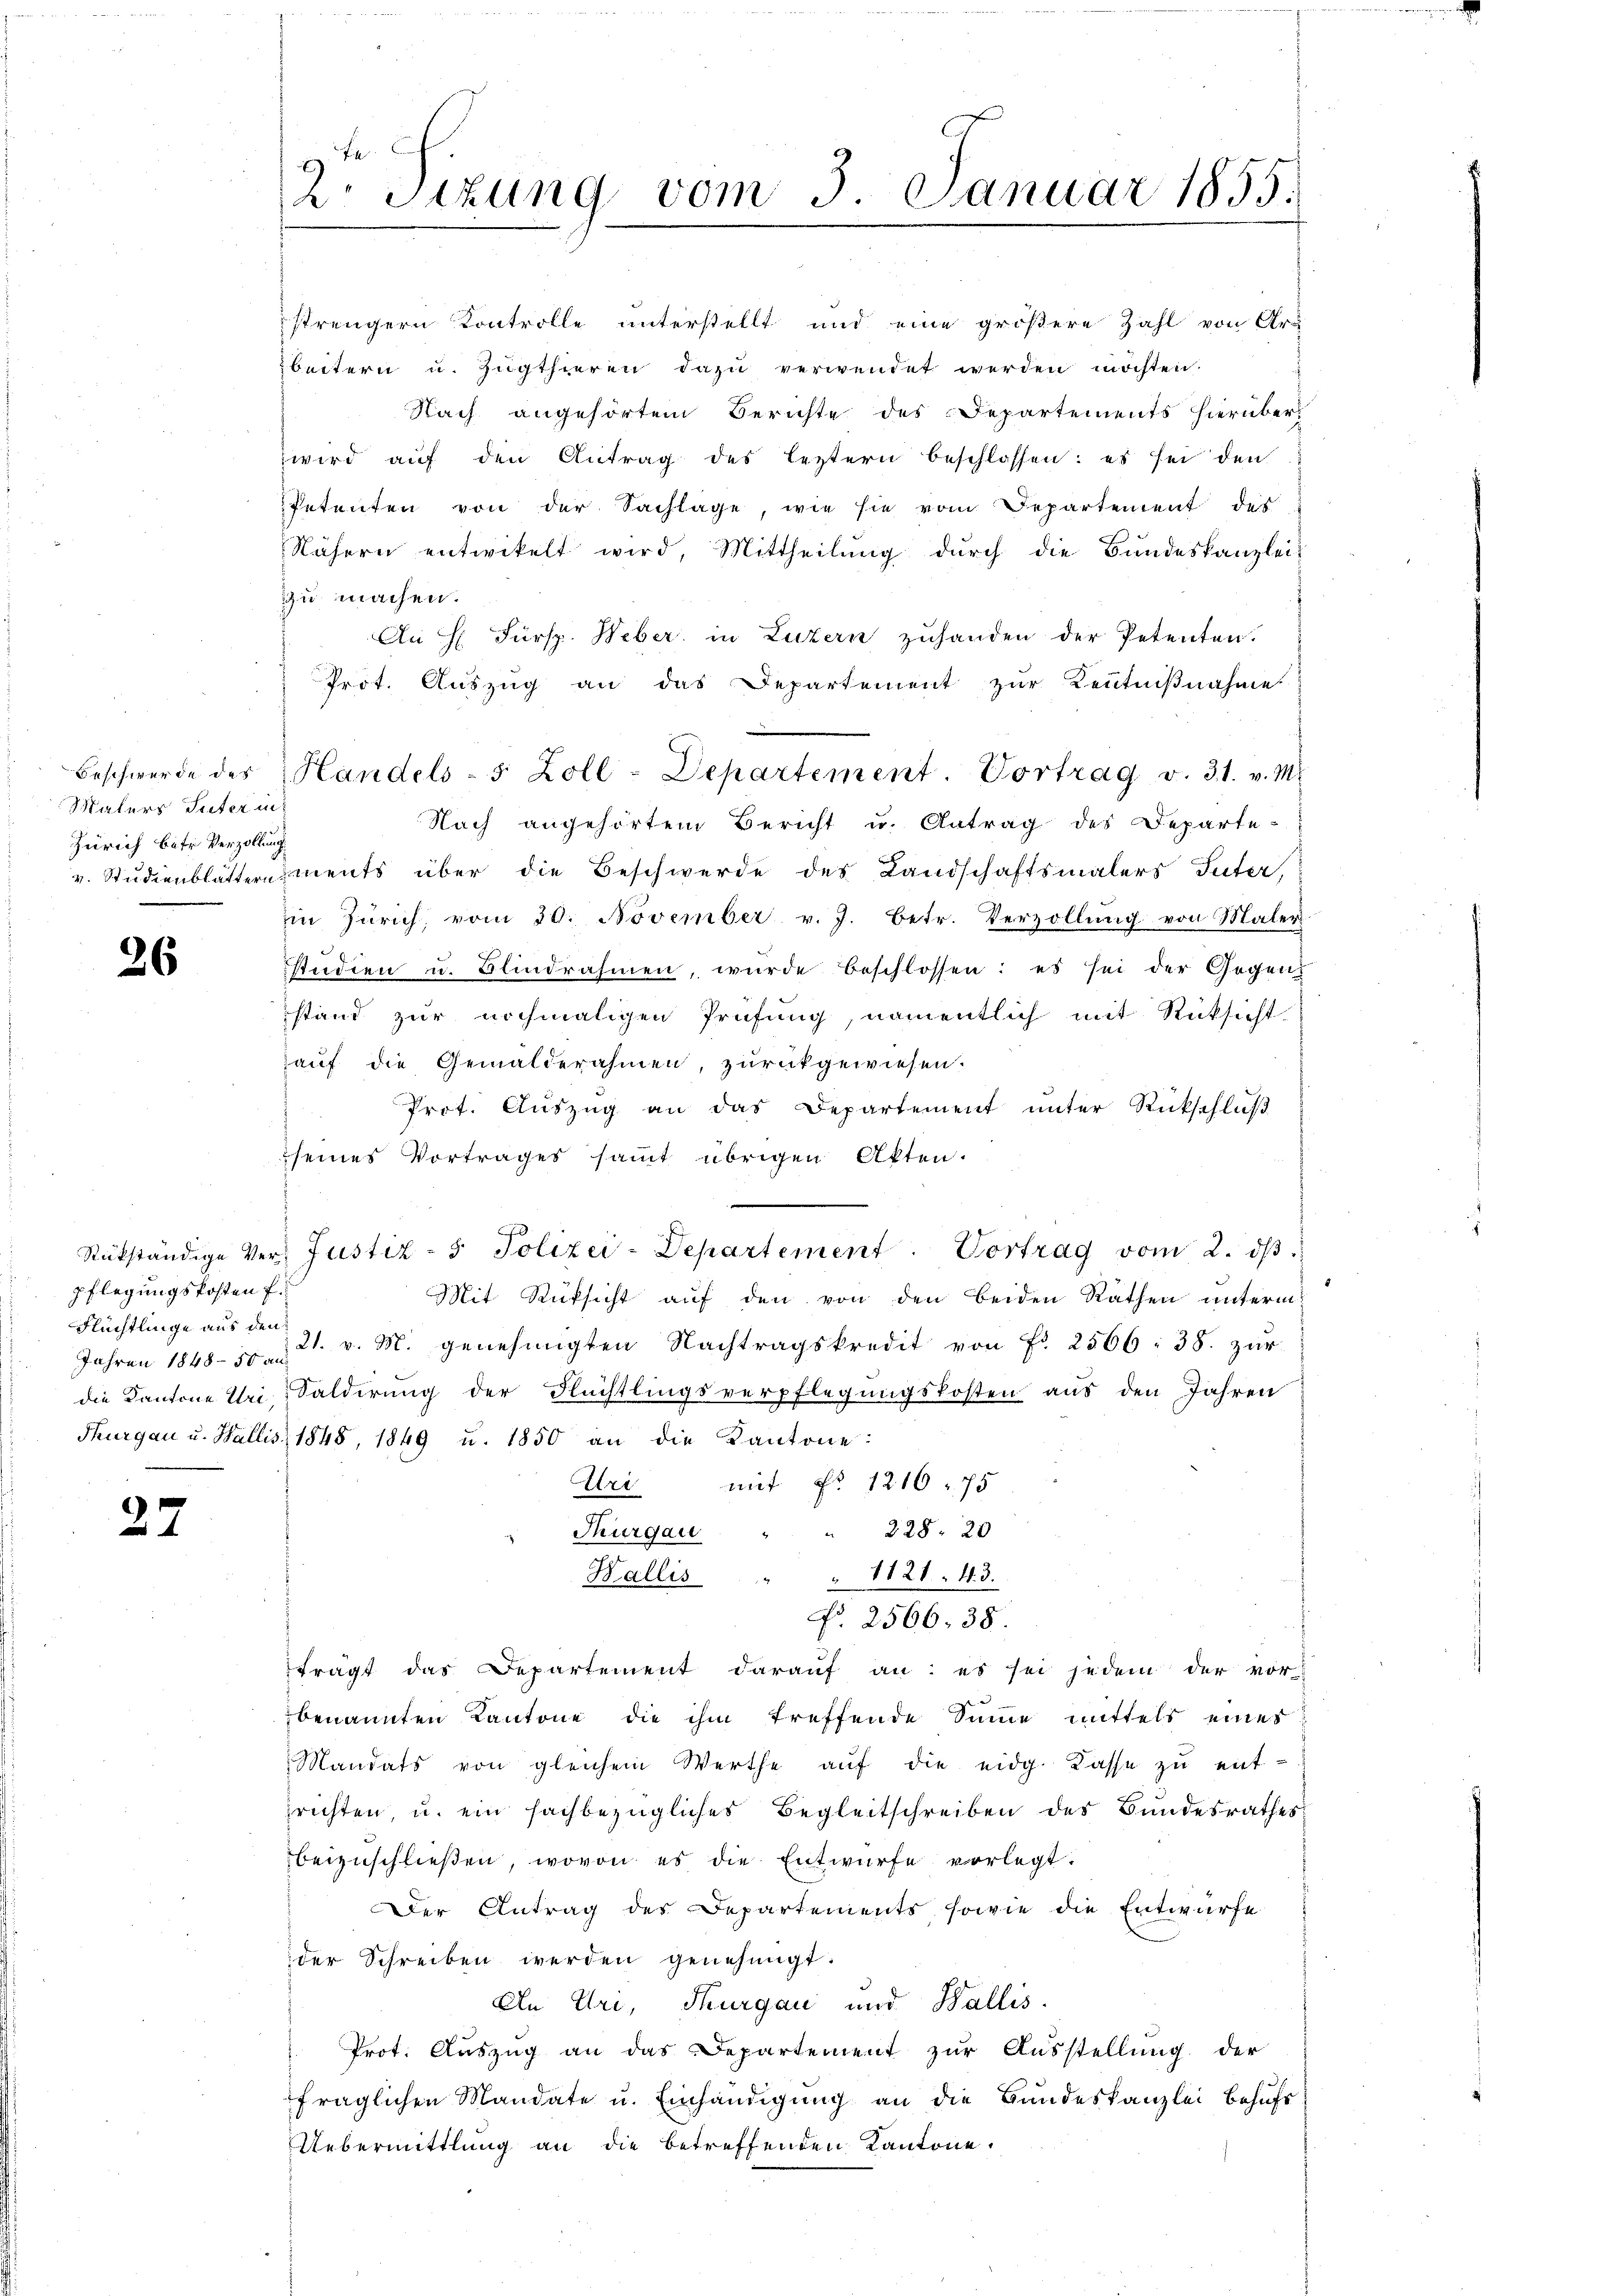
Malers Suter in:
Zürich betr. Verzöllung

26

pflegungskosten f.
Flüchtlinge aus den

27

2t Sizung vom 3. Januar 1855.

strengern Kontrolle unterstellt und eine größere Zahl von Art
beitern u. Zugthieren dazu verwendet werden möchten.
Nach angehörtem Berichte des Departements hierüber
wird aŭf den Antrag des leztern beschlossen: es sei den
Petenten von der Sachlage, wie sie vom Departement des
Nähern entwickelt wird, Mittheilŭng dŭrch die Bundeskanzlei-
zzu machen.
An H. Fürsp. Weber in Luzern zuhanden der Petenten.
Prot. Auszug an das Departement zur Kenntnißnahme
Nach angehörtem Bericht u. Antrag des Departe-
v. Studienblättern ments über die Beschwerde des Landschaftsmalers Guter,
in Zürich, vom 30. November v. J. betr. Verzollŭng von Maler
studien u. Blindrahmen, wurde beschlossen: es sei der Gegen
stand zur nochmaligen Prüfung, namentlich mit Rücksicht
auf die Gemälderahmen, zurückgewiesen.
Prot. Auszug an das Departement unter Rückschluß
seines Vortrages sammt übrigen Akten.
Rükständige Ver- Justiz- & Polizei-Departement. Vortrag vom 2. dβ.
Mit Rüksicht auf den von den beiden Rathen unterm
Jahren 1848. 21. v. M. genehmigten Nachtragskredit von Fr. 2566 : 38. zur
die Kantone Uri, Saldirŭng der Flüchtlingsverpflegŭngskosten aus den Jahren
Thurgau u. Wallis 1848, 1849 u. 1850 an die Kantone:
Uri mit No 1210 - 75
Thurgau " " 328. 20
Wallis " " 1121. 43.
No. 2566. 38.
frägt das Departement darauf an: es sei jedem der vor-
benannten Kantone die ihm treffende Summe mittels eines
Mandats von gleichem Werthe aŭf die eidg. Kasse zu entrichten u. ein sachbezügliches Begleitschreiben des Bundesrathes
beizuschließen, wovon es die Entwürfe vorlegt.
Der Antrag des Departements sowie die Entwurfe
der Schreiben werden genehmigt.
An Uri, Thurgau und Wallis.
Prot. Auszug an das Departement zur Ausstellung der
fraglichen Mandate u. Einhändigung an die Bundeskanzlei behufs
Uebermittlung an die betreffenden Kantone.

Beschwerde des Handels-5 Zoll-Departement. Vortrag v. 31. v. M.